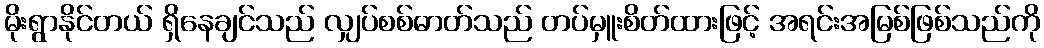
မိုးရွာနိုင်တယ် ရှိနေချင်သည် လျှပ်စစ်ဓာတ်သည် တပ်မှူးစိတ်ထားဖြင့် အရင်းအမြစ်ဖြစ်သည်ကို